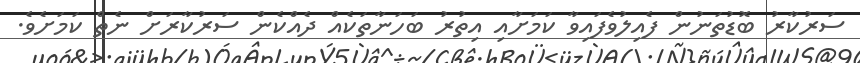
ސަރުކާރު ބޮޑުތަނުން ފެއިލުވެފައިވާ ކަމަށާއި އިތުރު ބަހަނާތަކެއް ދެއްކެން ސަރުކާރަށް ނެތް ކަމަށެވެ.